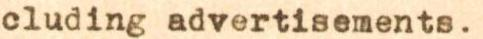
cluding advertisements.